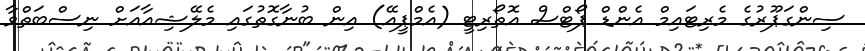
ސިންގަޕޫރުގެ މެރިޓައިމް އެންޑް ޕޯޓްސް އޮތޯރިޓީ (އެމްޕީއޭ) އިން ބުނާގޮތުގައި މެލޭޝިއާއަށް ނިސްބަތްވާ